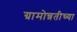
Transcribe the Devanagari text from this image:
ग्रामोन्नतीच्या